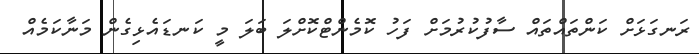
ރަނގަޅަށް ކަންތައްތައް ސާފުކުރުމަށް ފަހު ކޮމެންޓްކޮށްލަ ބަލަ މީ ކަނޑައެޅިގެން މަނާކަމެއް